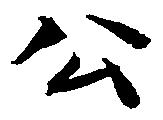
公